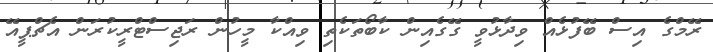
ރޭމްގެ އިސް ބޭފުޅެއް ވިދާޅުވީ ގޭގެއިން ކާބޯތަކެތި ވިއްކާ މީހުން ރަޖިސްޓްރީކުރަން އެޗްޕީއޭ